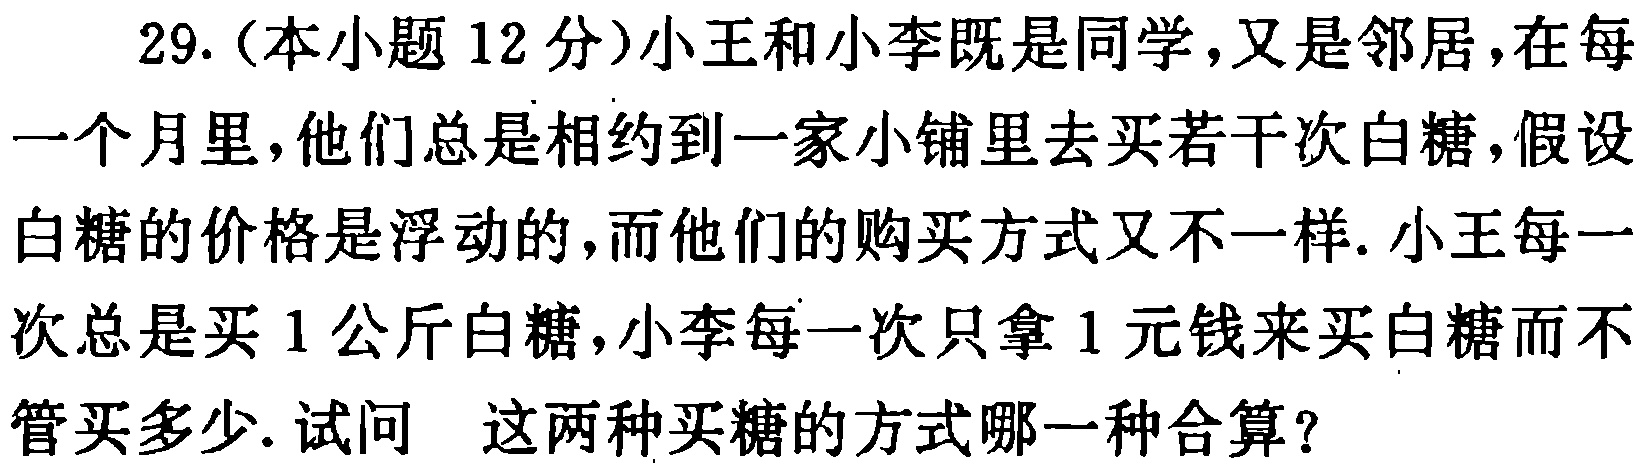
29.（本小题 12 分）小王和小李既是同学，又是邻居，在每一个月里，他们总是相约到一家小铺里去买若干次白糖，假设白糖的价格是浮动的，而他们的购买方式又不一样. 小王每一次总是买 1 公斤白糖，小李每一次只拿 1 元钱来买白糖而不管买多少. 试问 这两种买糖的方式哪一种合算？